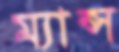
ম্যান্স